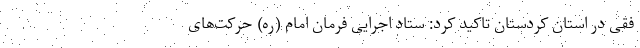
فقی در استان کردستان تاکید کرد: ستاد اجرایی فرمان امام (ره) حرکت‌های